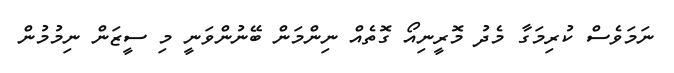
ނަމަވެސް ކުރިމަގާ މެދު މޮރީނިއޯ ގޮތެއް ނިންމަން ބޭނުންވަނީ މި ސީޒަން ނިމުމުން